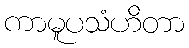
ကာမူပသံဟိတာ